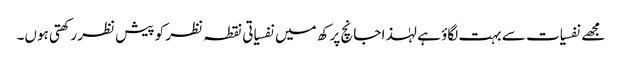
مجھے نفسیات سے بہت لگاؤ ہے لہٰذا جانچ پرکھ میں نفسیاتی نقطہ نظر کو پیش نظر رکھتی ہوں۔